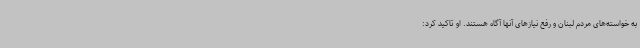
به خواسته‌های مردم لبنان و رفع نیازهای آنها آگاه هستند. او تاکید کرد: